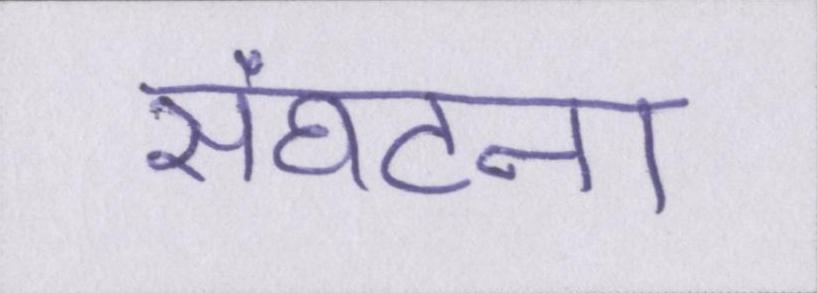
संघटना